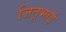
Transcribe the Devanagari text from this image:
जितूभाई